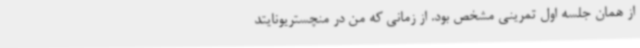
از همان جلسه اول تمرینی مشخص بود. از زمانی که من در منچستریونایتد